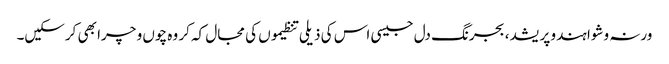
ورنہ وشوا ہندو پریشد، بجرنگ دل جیسی اس کی ذیلی تنظیموں کی مجال کہ کر وہ چوں و چرا بھی کرسکیں۔